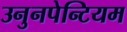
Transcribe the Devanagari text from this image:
उनुनपेन्टियम